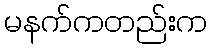
မနက်ကတည်းက